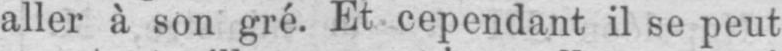
aller à son gré. Et cependant il se peut